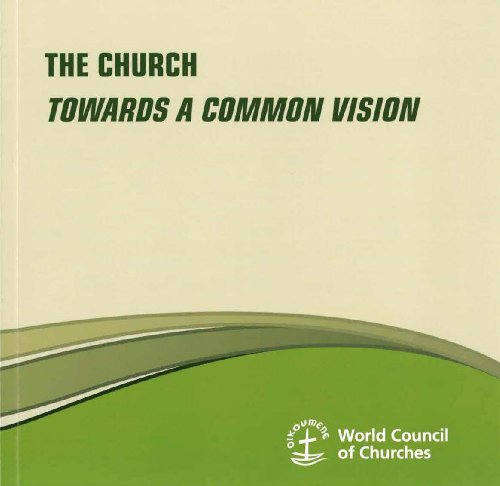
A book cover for The Church: Towards a Common Vision (Faith and Order); World Council of Churches; Christian Books & Bibles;